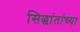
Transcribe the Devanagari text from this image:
सिद्धांतांच्या